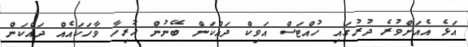
އަޅެ އެއަށްވުރެ ދުރުގައި ހުއްޓަސް އަވިކް ދައްކަން ބޭނުން ހުރިހާ ވާހަކައެއް ދައްކަން